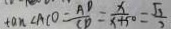
\tan \angle A C O = \frac { A D } { C D } = \frac { x } { x + 5 0 } = \frac { \sqrt { 3 } } { 3 }